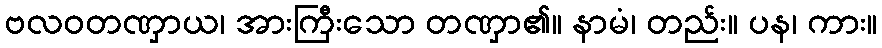
ဗလဝတဏှာယ၊ အားကြီးသော တဏှာ၏။ နာမံ၊ တည်း။ ပန၊ ကား။